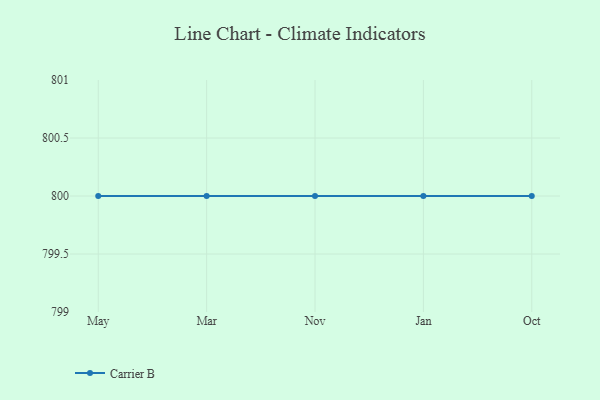
{"axis": {"x": "Month", "y": "Backlog"}, "legend": ["Carrier B"], "data": [{"x": "May", "y": 800, "type": "Carrier B"}, {"x": "Mar", "y": 800, "type": "Carrier B"}, {"x": "Nov", "y": 800, "type": "Carrier B"}, {"x": "Jan", "y": 800, "type": "Carrier B"}, {"x": "Oct", "y": 800, "type": "Carrier B"}]}